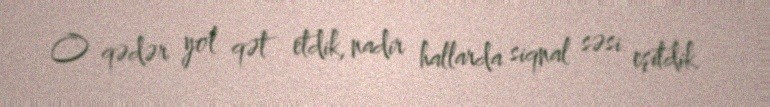
O qədər yol qət etdik, nadir hallarda siqnal səsi eşitdik.